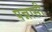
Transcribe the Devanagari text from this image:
पन्नासी